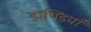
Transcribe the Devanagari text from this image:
झण्डियाँ